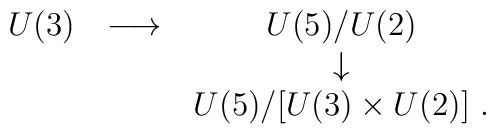
\matrix{U(3)&\longrightarrow & U(5)/U(2)\cr & & \downarrow\cr && U(5)/ [U(3)\times U(2)]\ .\cr}